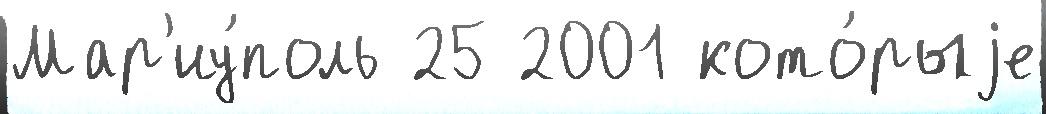
Мар'иу́поль 25 2001 кото́рыjе